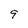
Character: 9